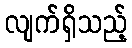
လျက်ရှိသည့်